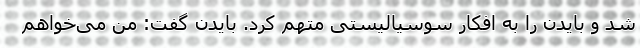
شد و بایدن را به افکار سوسیالیستی متهم کرد. بایدن گفت: من می‌خواهم